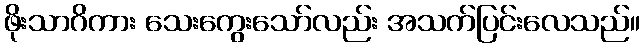
ဖိုးသာဂိကား သေးကွေးသော်လည်း အသက်ပြင်းလေသည်။